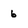
Character: 6